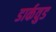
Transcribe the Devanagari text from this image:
डार्कवुड